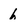
Character: h